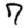
Digit: 7